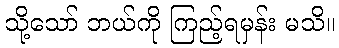
သို့သော် ဘယ်ကို ကြည့်ရမှန်း မသိ။